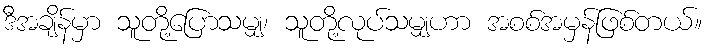
ဒီအချိန်မှာ သူတို့ပြောသမျှ၊ သူတို့လုပ်သမျှဟာ အစစ်အမှန်ဖြစ်တယ်။